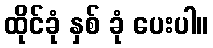
ထိုင်ခုံ နှစ် ခုံ ပေးပါ။